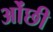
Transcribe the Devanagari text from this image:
ओंछी